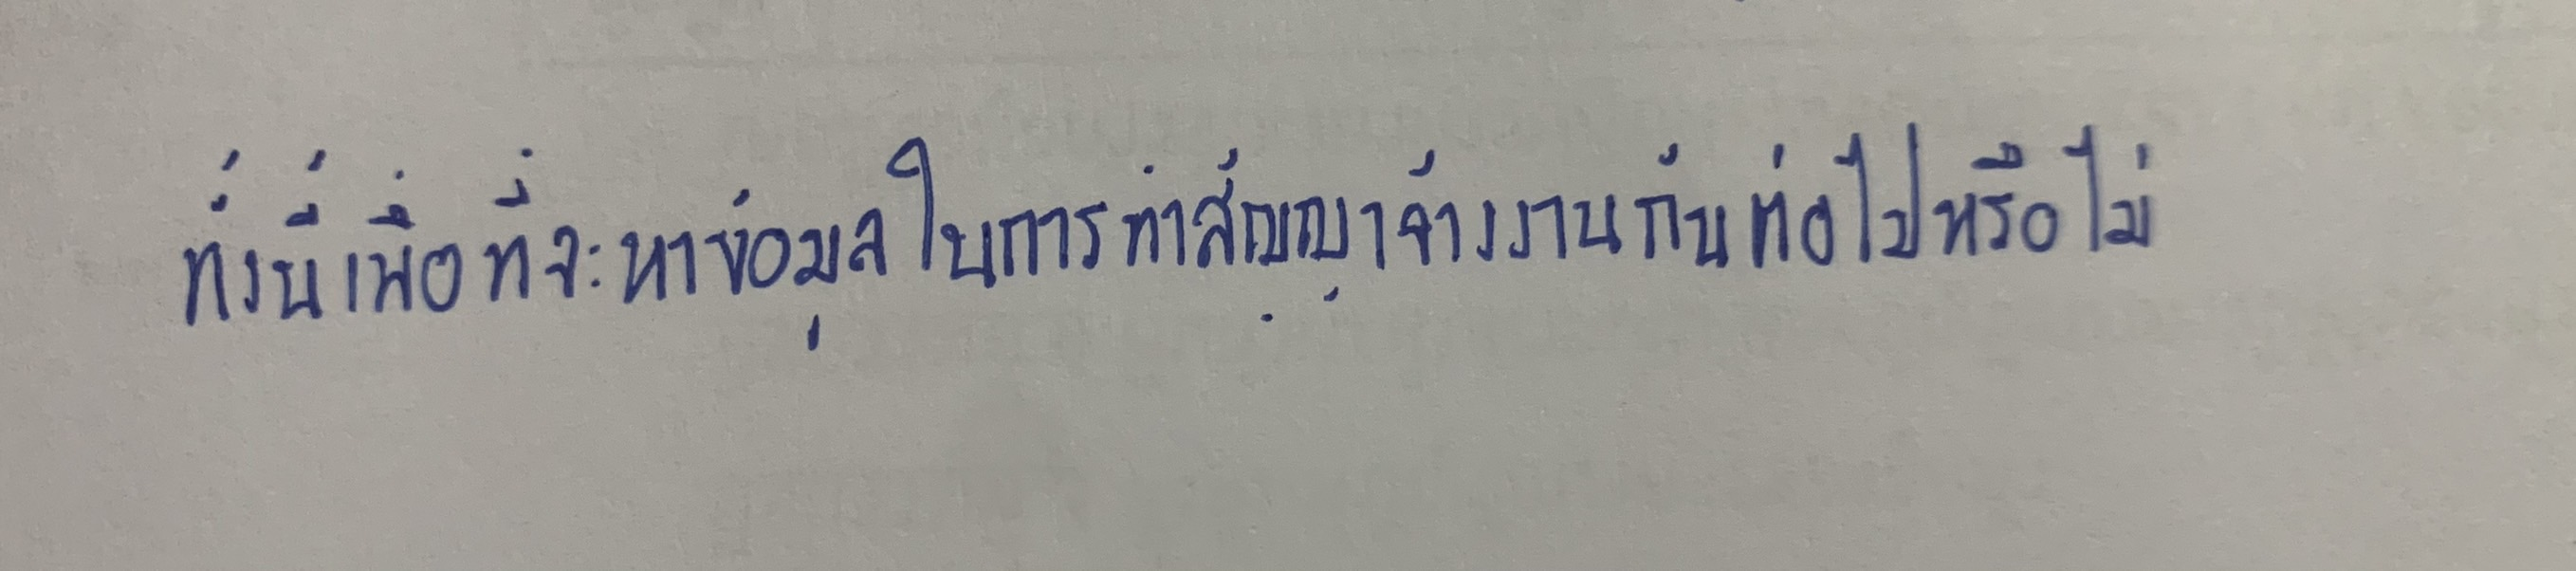
ทั้งนี้เพื่อที่จะหาข้อมูลในการทำสัญญาจ้างงานกันต่อไปหรือไม่